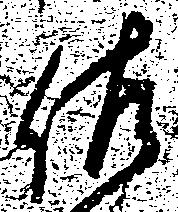
佐